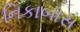
નિકાબાસ